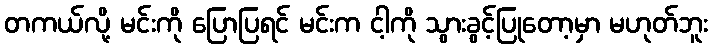
တကယ်လို့ မင်းကို ပြောပြရင် မင်းက ငါ့ကို သွားခွင့်ပြုတော့မှာ မဟုတ်ဘူး